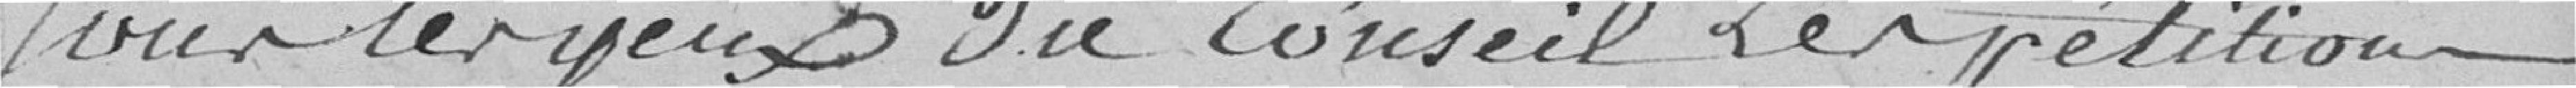
sous les yeux du conseil les pétitions